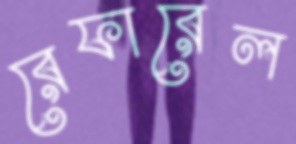
রেফারেল